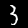
Label: 3